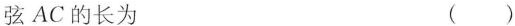
弦AC的长为 ()